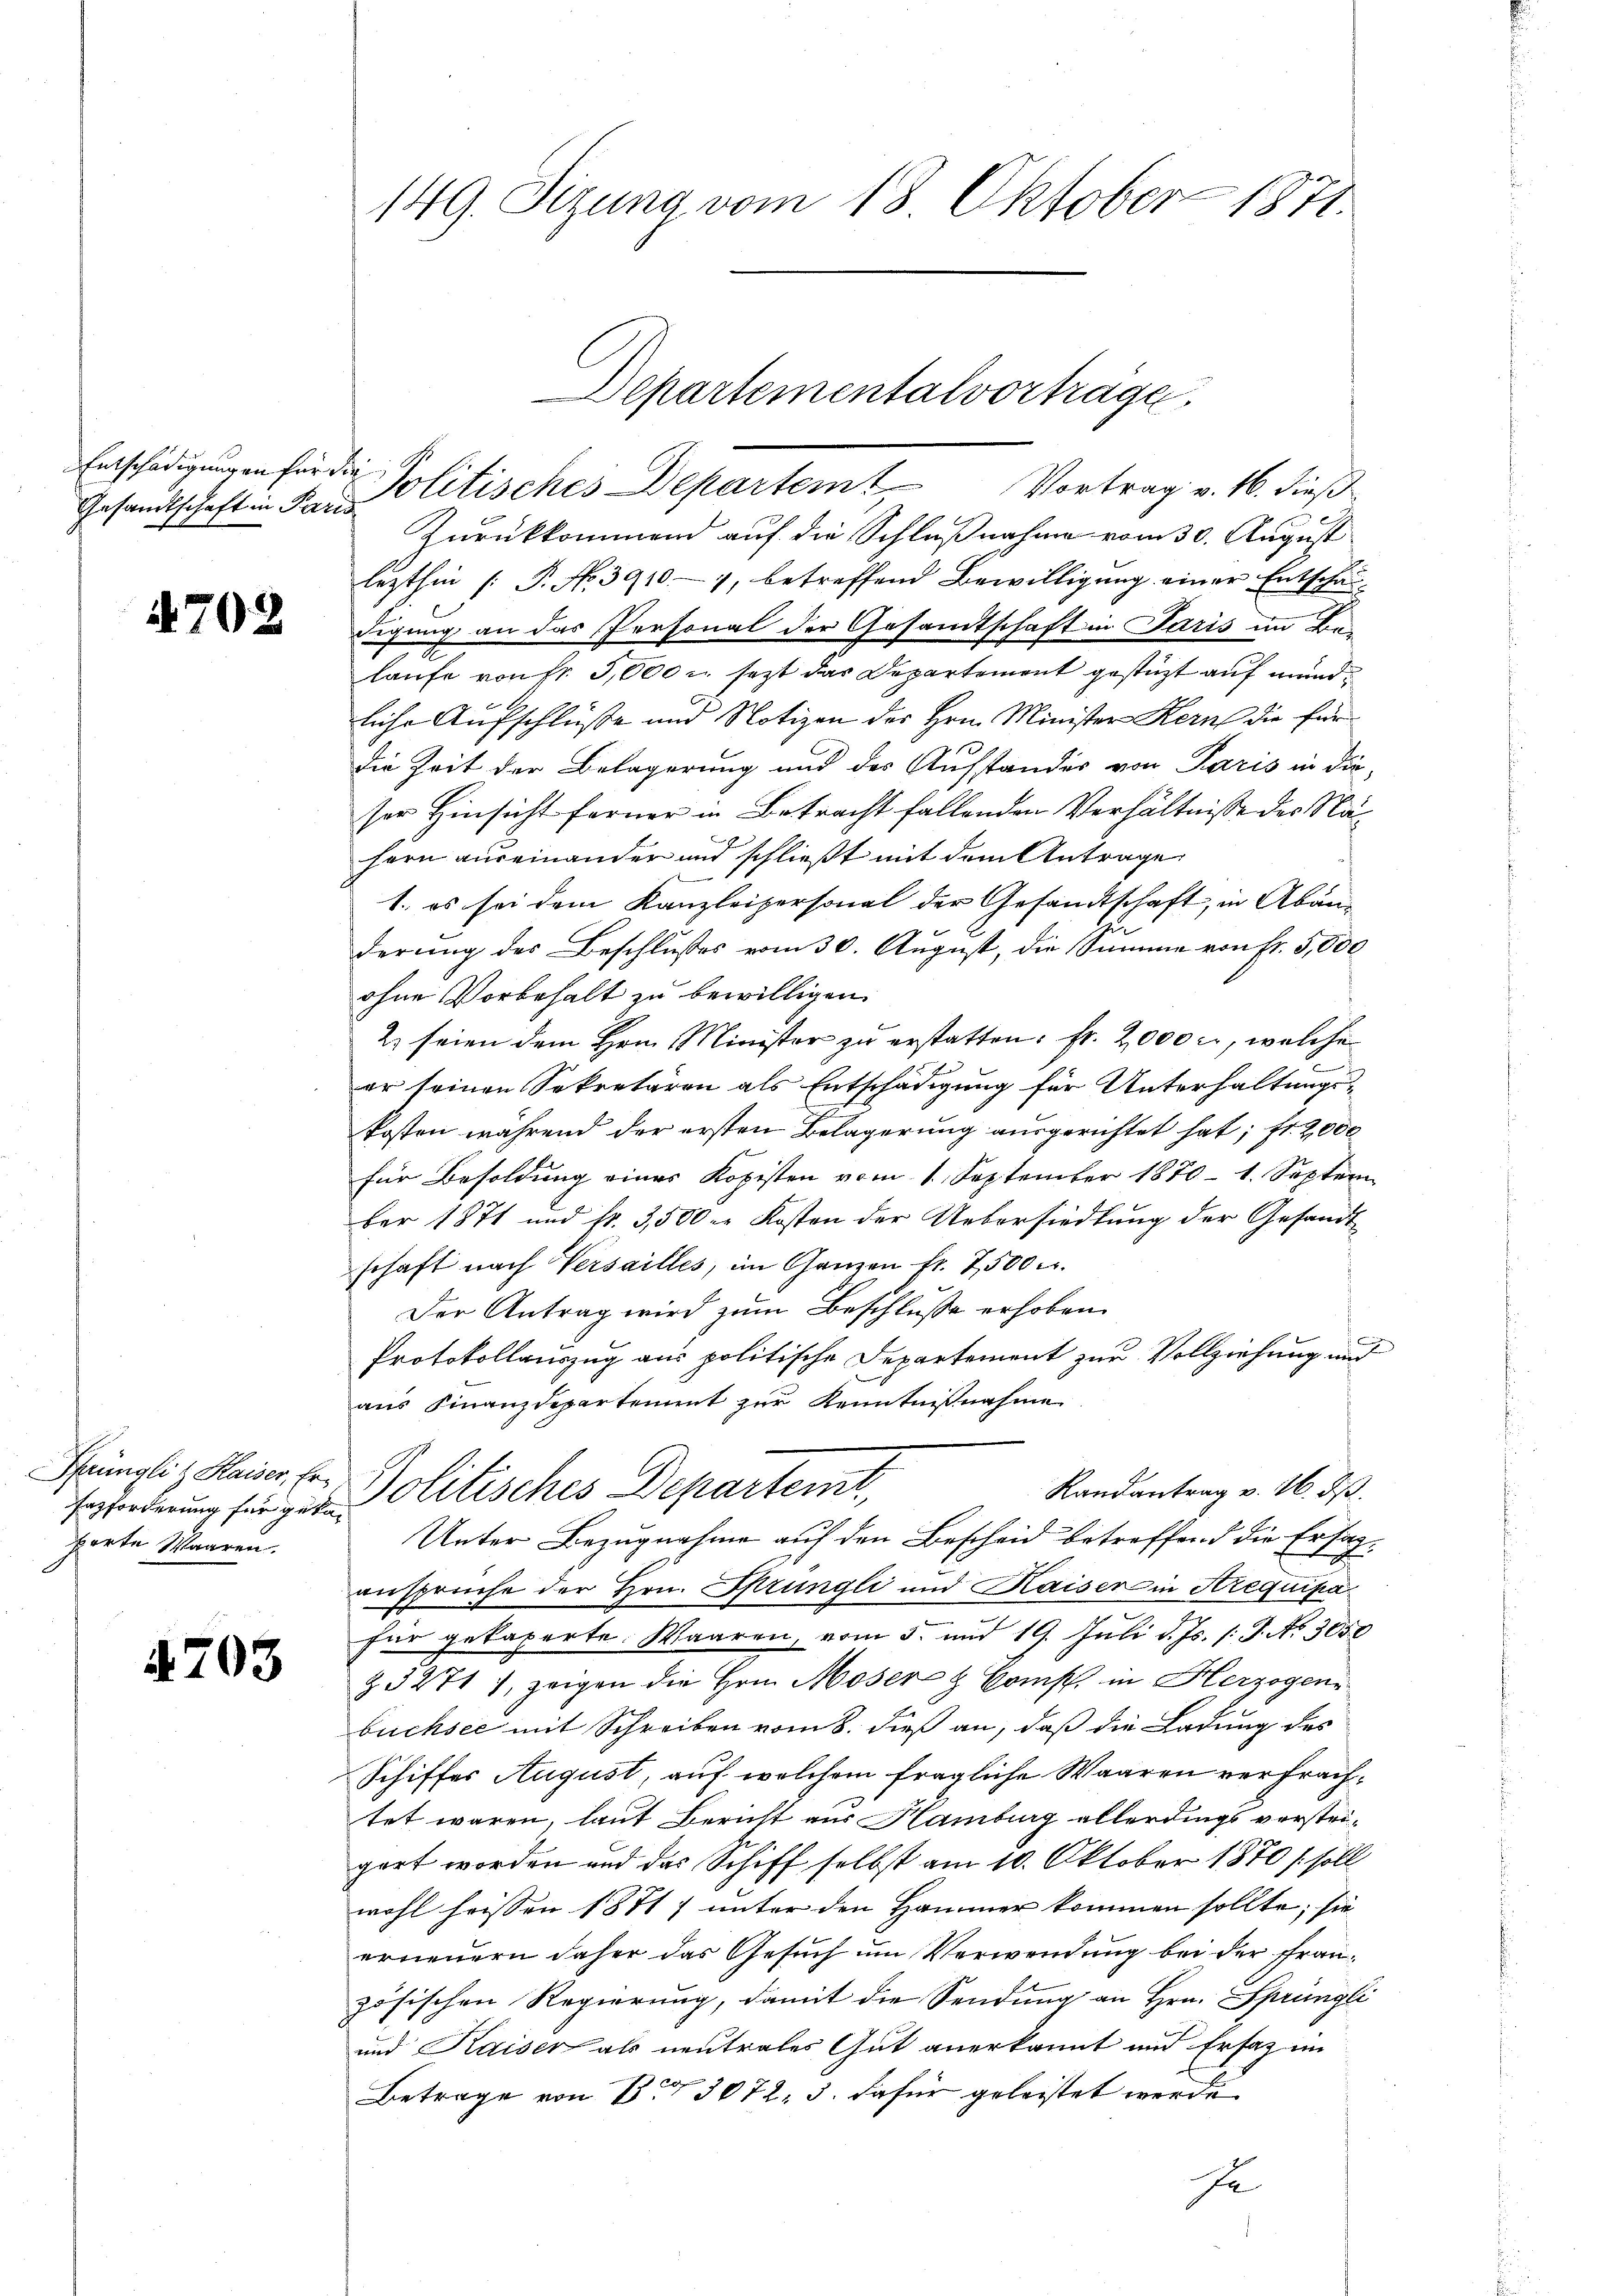
Gesandtschaft in Paris

4702

Enzforderung für gekan
porte Waaren.

703

149. Sizung vom 18. Oktober 1871.

Departementalvorträge.

Entschädigungen für die Politisches Departem Vortrag v. 16. dieß
Zurückkommend auf die Schlußnahme vom 30. August
lezthin [P. No 39104, betreffend Bewilligung einer Entschau-
digung an das Personal der Gesamtschaft in Paris im Bei
laufe von Nr. 3,000 u. jetzt das Departement gestüzt auf mundliche Aufschlüsse und Notizen des Hrn. Minister Kern die für
die Zeit der Belagerung und des Aufstandes von Paris in die
sor Hinsicht ferner in Betracht fallenden Verhältnisse des Nähern auseinander und schließt mit dem Antrage
1. es sei dem Kanzleipersonal der Gesandtschaft, in Abänderung des Beschlußes vom 30. August, die Summe von Fr. 5,000
ohne Vorbehalt zu bewilligen.
2. seien dem Hrn. Minister zu erstatten. Fr. 2000 c., welche
f
er seinen Sekretären als Entschädigung für Unterhaltungskosten während der ersten Belagerung ausgerichtet hat; fr. 2,000
für Besoldung eines Kopisten vom 1. September 1870 - 1. Septem
ber 1871 und fr. 3,500. Kosten der Uebersiedlung der Gesandtschaft nach Versailles, im Ganzen fr. 7500 r.
Der Antrag wird zum Beschlusse erhoben.
Protokollauszug aus politische Departement zur Vollziehung und
aus Finanzdepartement zur Kenntnißnahme
Hüngliz Heiser, Er Politisches Departemt,
Randantrag v. 26. ds.
Unter Bezugnahme auf den Bescheid betreffend die Ersatansprüche der Hrn. Sprüngli und Kaiser in Arequipafür gekaperte. Waaren, vom 5. und 19. Juli d. Js. l. J. No 3050
& 32717, zeigen die Hrn. Moser & Comp. in Herzogen
büchsee mit Schreiben vom 8. dieß an, daß die Ladung des
Schiffes August, auf welchem fragliche Waaren verfrachtet waren, laut Bericht aus Hamburg allerdings verstrigert worden und das Schiff selbst am 10. Oktober 1870 / soll
wohl heissen 1871) unter den Hammer kommen sollte; sie
erneuern daher das Gesuch um Verwendung bei der Frauzösischen Regierung, damit die Sendung an Hrn. Sprüngli
und Kaiser als neutrales Gut anerkannt und Ersatz im
Betrage von B. 3072. 3. dafür geleistet werde
se